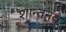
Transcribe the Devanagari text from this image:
शान्तनव